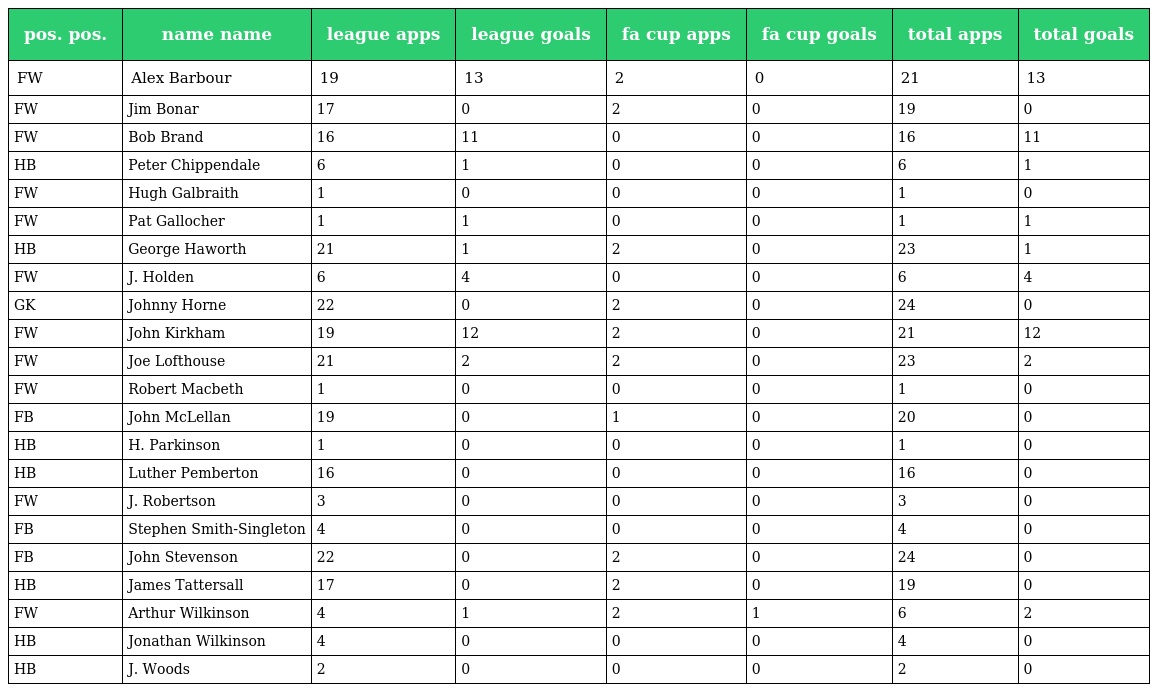
| pos. pos. | name name | league apps | league goals | fa cup apps | fa cup goals | total apps | total goals |
 | --- | --- | --- | --- | --- | --- | --- | --- |
 | FW | Alex Barbour | 19 | 13 | 2 | 0 | 21 | 13 |
 | FW | Jim Bonar | 17 | 0 | 2 | 0 | 19 | 0 |
 | FW | Bob Brand | 16 | 11 | 0 | 0 | 16 | 11 |
 | HB | Peter Chippendale | 6 | 1 | 0 | 0 | 6 | 1 |
 | FW | Hugh Galbraith | 1 | 0 | 0 | 0 | 1 | 0 |
 | FW | Pat Gallocher | 1 | 1 | 0 | 0 | 1 | 1 |
 | HB | George Haworth | 21 | 1 | 2 | 0 | 23 | 1 |
 | FW | J. Holden | 6 | 4 | 0 | 0 | 6 | 4 |
 | GK | Johnny Horne | 22 | 0 | 2 | 0 | 24 | 0 |
 | FW | John Kirkham | 19 | 12 | 2 | 0 | 21 | 12 |
 | FW | Joe Lofthouse | 21 | 2 | 2 | 0 | 23 | 2 |
 | FW | Robert Macbeth | 1 | 0 | 0 | 0 | 1 | 0 |
 | FB | John McLellan | 19 | 0 | 1 | 0 | 20 | 0 |
 | HB | H. Parkinson | 1 | 0 | 0 | 0 | 1 | 0 |
 | HB | Luther Pemberton | 16 | 0 | 0 | 0 | 16 | 0 |
 | FW | J. Robertson | 3 | 0 | 0 | 0 | 3 | 0 |
 | FB | Stephen Smith-Singleton | 4 | 0 | 0 | 0 | 4 | 0 |
 | FB | John Stevenson | 22 | 0 | 2 | 0 | 24 | 0 |
 | HB | James Tattersall | 17 | 0 | 2 | 0 | 19 | 0 |
 | FW | Arthur Wilkinson | 4 | 1 | 2 | 1 | 6 | 2 |
 | HB | Jonathan Wilkinson | 4 | 0 | 0 | 0 | 4 | 0 |
 | HB | J. Woods | 2 | 0 | 0 | 0 | 2 | 0 |